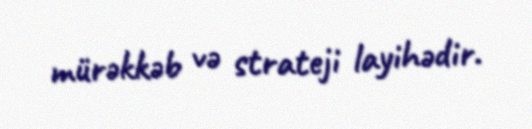
mürəkkəb və strateji layihədir.